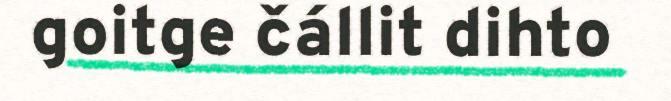
goitge čállit dihto